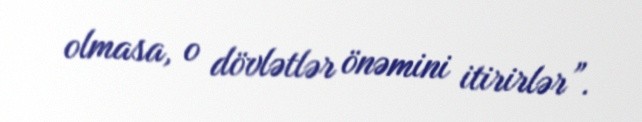
olmasa, o dövlətlər önəmini itirirlər”.